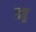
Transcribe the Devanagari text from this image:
ड्यु